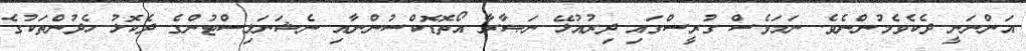
އަންނަނީ ދެކެވެމުންނެވެ. ނަމަވެސް ގުރީސްގައި ދިރުއުޅޭ ނަޞާރާ އޯތޮޑޮކްސުންނާއި ނެޝަނަލިސްޓުންގެ ދެކޮޅު ހެދުންތަކުގެ